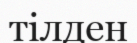
тілден